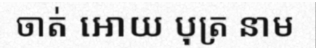
ចាត់ អោយ បុត្រ នាម